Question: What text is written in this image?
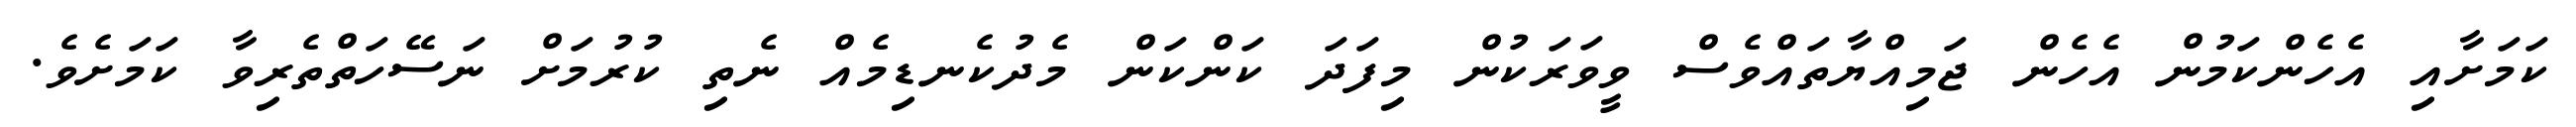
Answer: ކަމަށާއި އެހެންކަމުން އެހެން ޖަމިއްޔާތައްވެސް ވީވަރަކުން މިފަދަ ކަންކަން މެދުކެނޑިމެއް ނެތި ކުރުމަށް ނަސޭހަތްތެރިވާ ކަމަށެވެ.